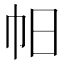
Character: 𢁯